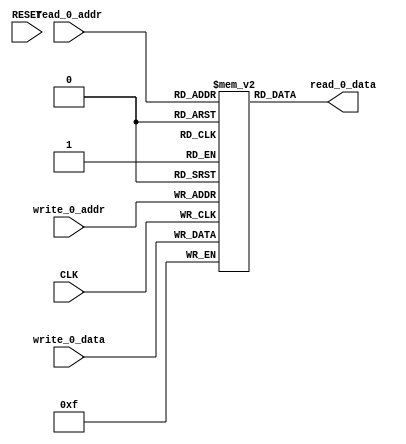
module my_regfile (
    input CLK,
    input RESET,
    input [1:0] read_0_addr,
    output [3:0] read_0_data,
    input [1:0] write_0_addr,
    input [3:0] write_0_data
);

reg [3:0] data [3:0];
always @(posedge CLK) begin
    data[write_0_addr] <= write_0_data;
end
assign read_0_data = data[read_0_addr];


endmodule

module test_regfile_basic_verilog_False_Reset (
    input [1:0] write_addr,
    input [3:0] write_data,
    input [1:0] read_addr,
    output [3:0] read_data,
    input CLK,
    input RESET
);
wire [3:0] my_regfile_read_0_data;
my_regfile my_regfile (
    .CLK(CLK),
    .RESET(RESET),
    .read_0_addr(read_addr),
    .read_0_data(my_regfile_read_0_data),
    .write_0_addr(write_addr),
    .write_0_data(write_data)
);
assign read_data = my_regfile_read_0_data;
endmodule